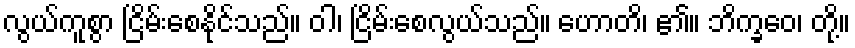
လွယ်ကူစွာ ငြိမ်းစေနိုင်သည်။ ဝါ၊ ငြိမ်းစေလွယ်သည်။ ဟောတိ၊ ၏။ ဘိက္ခဝေ၊ တို့။